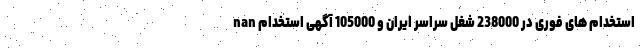
nan استخدام های فوری در 238000 شغل سراسر ایران و 105000 آگهی استخدام